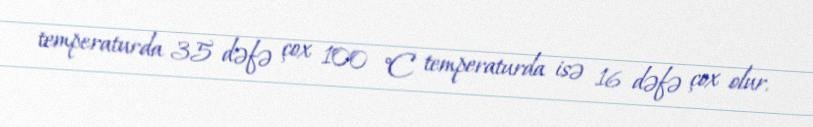
temperaturda 35 dəfə çox 100 °C temperaturda isə 16 dəfə çox olur.